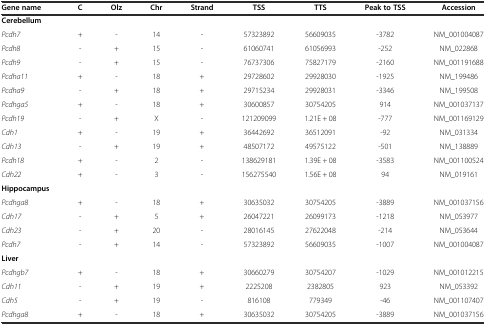
<table><thead><tr><td><b>Gene name</b></td><td><b>C</b></td><td><b>Olz</b></td><td><b>Chr</b></td><td><b>Strand</b></td><td><b>TSS</b></td><td><b>TTS</b></td><td><b>Peak to TSS</b></td><td><b>Accession</b></td></tr></thead><tbody><tr><td><b>Cerebellum</b></td><td></td><td></td><td></td><td></td><td></td><td></td><td></td><td></td></tr><tr><td><i>Pcdh7</i></td><td>+</td><td>-</td><td>14</td><td>-</td><td>57323892</td><td>56609035</td><td>-3782</td><td>NM_001004087</td></tr><tr><td><i>Pcdh8</i></td><td>-</td><td>+</td><td>15</td><td>-</td><td>61060741</td><td>61056993</td><td>-252</td><td>NM_022868</td></tr><tr><td><i>Pcdh9</i></td><td>-</td><td>+</td><td>15</td><td>-</td><td>76737306</td><td>75827179</td><td>-2160</td><td>NM_001191688</td></tr><tr><td><i>Pcdha11</i></td><td>+</td><td>-</td><td>18</td><td>+</td><td>29728602</td><td>29928030</td><td>-1925</td><td>NM_199486</td></tr><tr><td><i>Pcdha9</i></td><td>-</td><td>+</td><td>18</td><td>+</td><td>29715234</td><td>29928031</td><td>-3346</td><td>NM_199508</td></tr><tr><td><i>Pcdhga5</i></td><td>+</td><td>-</td><td>18</td><td>+</td><td>30600857</td><td>30754205</td><td>914</td><td>NM_001037137</td></tr><tr><td><i>Pcdh19</i></td><td>-</td><td>+</td><td>X</td><td>-</td><td>121209099</td><td>1.21E + 08</td><td>-777</td><td>NM_001169129</td></tr><tr><td><i>Cdh1</i></td><td>+</td><td>-</td><td>19</td><td>+</td><td>36442692</td><td>36512091</td><td>-92</td><td>NM_031334</td></tr><tr><td><i>Cdh13</i></td><td>-</td><td>+</td><td>19</td><td>+</td><td>48507172</td><td>49575122</td><td>-501</td><td>NM_138889</td></tr><tr><td><i>Pcdh18</i></td><td>+</td><td>-</td><td>2</td><td>-</td><td>138629181</td><td>1.39E + 08</td><td>-3583</td><td>NM_001100524</td></tr><tr><td><i>Cdh22</i></td><td>+</td><td>-</td><td>3</td><td>-</td><td>156275540</td><td>1.56E + 08</td><td>94</td><td>NM_019161</td></tr><tr><td><b>Hippocampus</b></td><td></td><td></td><td></td><td></td><td></td><td></td><td></td><td></td></tr><tr><td><i>Pcdhga8</i></td><td>+</td><td>-</td><td>18</td><td>+</td><td>30635032</td><td>30754205</td><td>-3889</td><td>NM_001037156</td></tr><tr><td><i>Cdh17</i></td><td>-</td><td>+</td><td>5</td><td>+</td><td>26047221</td><td>26099173</td><td>-1218</td><td>NM_053977</td></tr><tr><td><i>Cdh23</i></td><td>-</td><td>+</td><td>20</td><td>-</td><td>28016145</td><td>27622048</td><td>-214</td><td>NM_053644</td></tr><tr><td><i>Pcdh7</i></td><td>-</td><td>+</td><td>14</td><td>-</td><td>57323892</td><td>56609035</td><td>-1007</td><td>NM_001004087</td></tr><tr><td><b>Liver</b></td><td></td><td></td><td></td><td></td><td></td><td></td><td></td><td></td></tr><tr><td><i>Pcdhgb7</i></td><td>+</td><td>-</td><td>18</td><td>+</td><td>30660279</td><td>30754207</td><td>-1029</td><td>NM_001012215</td></tr><tr><td><i>Cdh11</i></td><td>-</td><td>+</td><td>19</td><td>+</td><td>2225208</td><td>2382805</td><td>923</td><td>NM_053392</td></tr><tr><td><i>Cdh5</i></td><td>-</td><td>+</td><td>19</td><td>-</td><td>816108</td><td>779349</td><td>-46</td><td>NM_001107407</td></tr><tr><td><i>Pcdhga8</i></td><td>+</td><td>-</td><td>18</td><td>+</td><td>30635032</td><td>30754205</td><td>-3889</td><td>NM_001037156</td></tr></tbody></table>